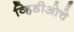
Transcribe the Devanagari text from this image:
व्हिडीओचे